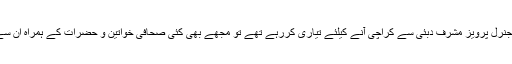
مارچ 2013ء میں جب جنرل پرویز مشرف دبئی سے کراچی آنے کیلئے تیاری کررہے تھے تو مجھے بھی کئی صحافی خواتین و حضرات کے ہمراہ ان سے وہاں ملنے کا اتفاق ہوا۔